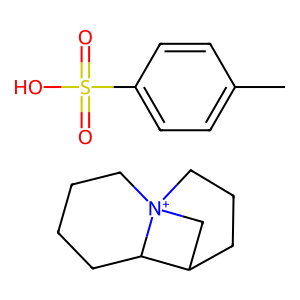
SMILES: C1CC[N+]23CCCC(C2)C3C1.Cc1ccc(S(=O)(=O)O)cc1
Inhibits HIV replication: No